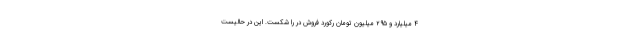
۴ میلیارد و ۲۹۵ میلیون تومان رکورد فروش در را شکست. این در حالیست